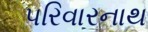
પરિવારનાથ